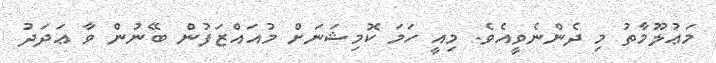
މަޢުލޫމާތު މި ދެންނެވީއެވެ. މިއީ ހަމަ ކޮމިޝަނަށް މުއައްޒަފުން ބޭނުން ވާ ޢަދަދު